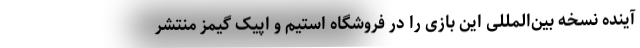
آینده نسخه بین‌المللی این بازی را در فروشگاه استیم و اپیک گیمز منتشر